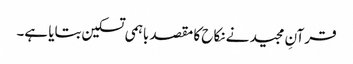
قرآنِ مجید نے نکاح کا مقصد باہمی تسکین بتایا ہے۔